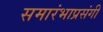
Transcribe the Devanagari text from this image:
समारंभाप्रसंगी